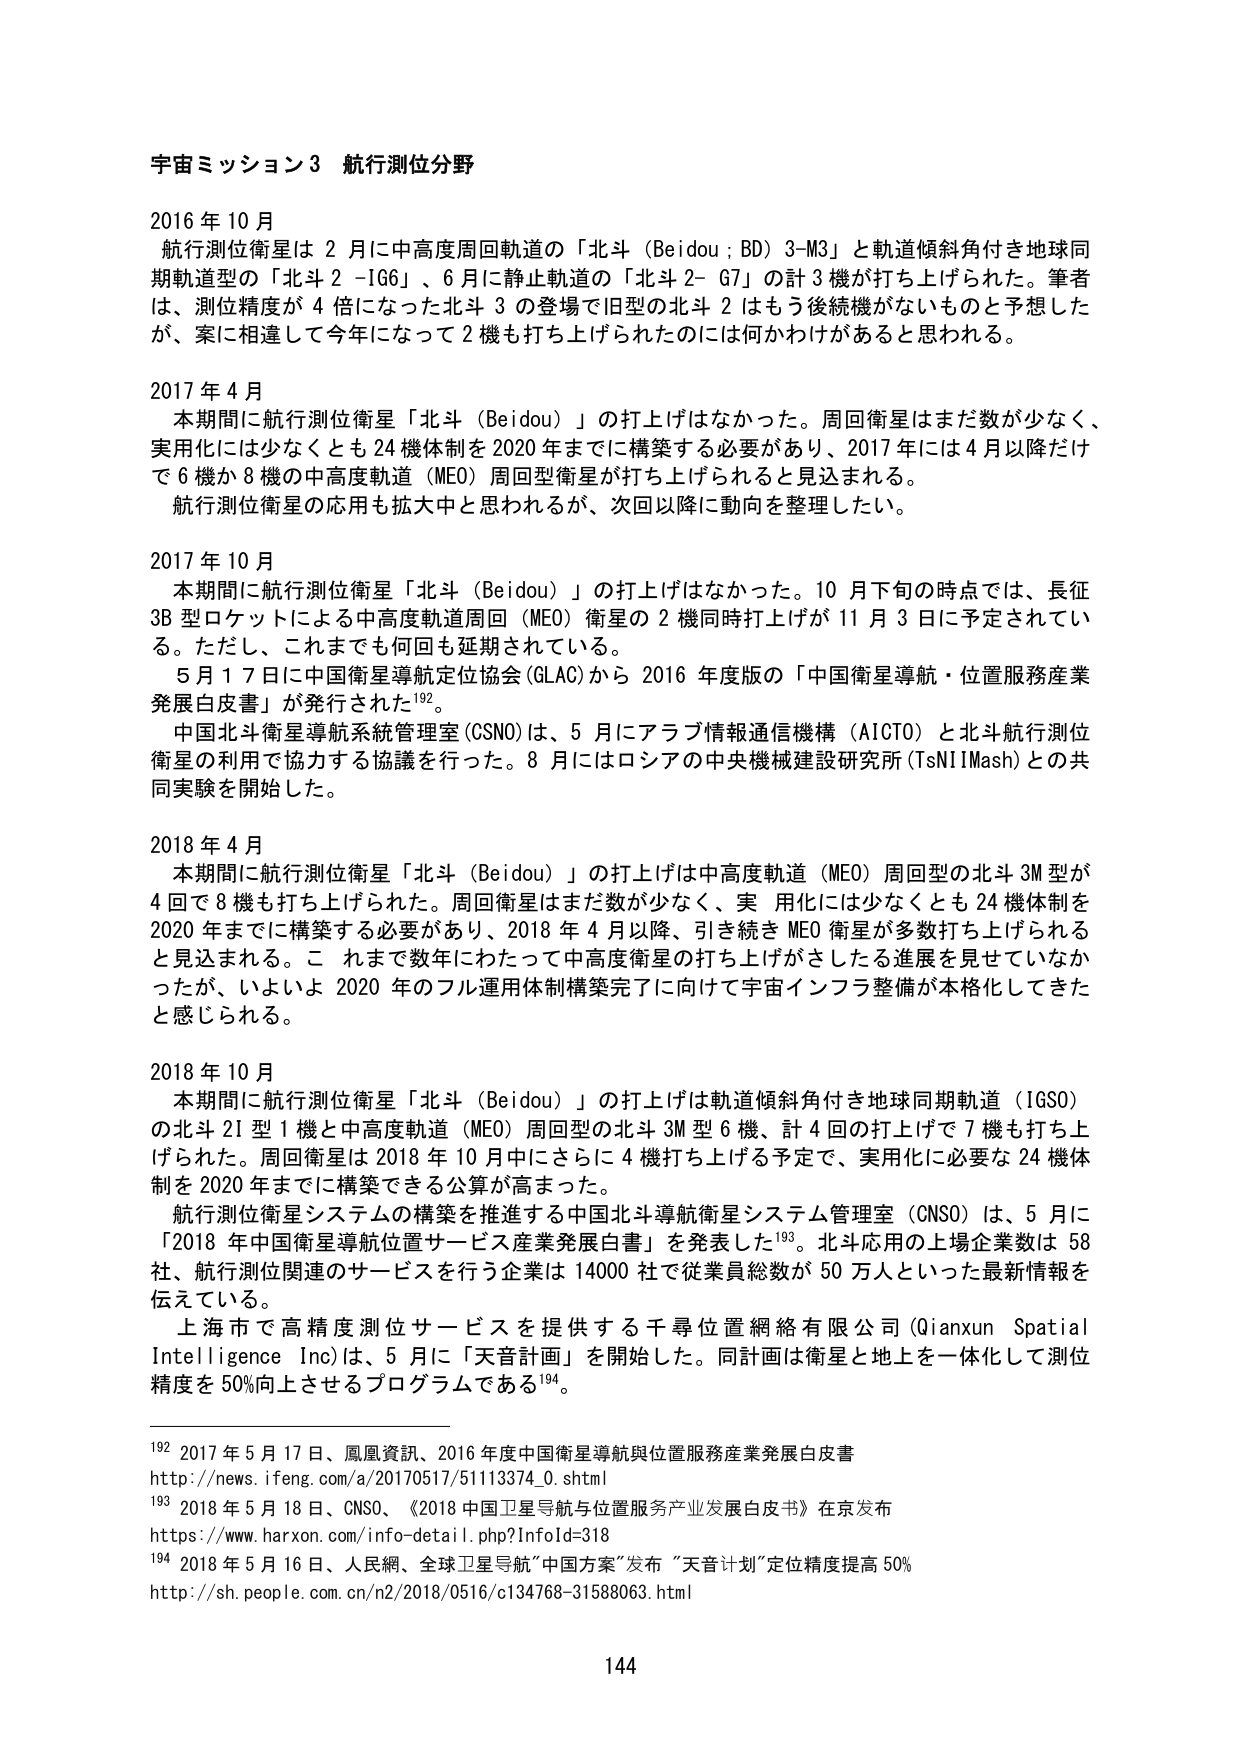
宇宙ミッション3 航行測位分野

2016年10月
航行測位衛星は2月に中高度周回軌道の「北斗（Beidou；BD）3-M3」と軌道傾斜角付き地球同期軌道型の「北斗2-166」、6月に静止軌道の「北斗2-G7」の計3機が打ち上げられた。筆者は、測位精度が4倍になった北斗3の登場で旧型の北斗2はもう後続機がないものと予想したが、案に相違して今年になって2機も打ち上げられたのには何かわけがあると思われる。

2017年4月
本期間に航行測位衛星「北斗（Beidou）」の打ち上げはなかった。周回衛星はまだ数が少なく、実用化には少なくとも24機体制を2020年までに構築する必要があり、2017年には4月以降だけで6機か8機の中高度軌道（MEO）周回型衛星が打ち上げられると見込まれる。
航行測位衛星の応用も拡大中と思われるが、次回以降に動向を整理したい。

2017年10月
本期間に航行測位衛星「北斗（Beidou）」の打ち上げはなかった。10月下旬の時点では、長征3B型ロケットによる中高度軌道周回（MEO）衛星の2機同時打ち上げが11月3日に予定されている。ただし、これまでも何回も延期されている。
5月17日に中国衛星導航定位協会（GLAC）から2016年度版の「中国衛星導航・位置服務産業発展白皮書」が発行された192。
中国北斗衛星導航系統管理室（CSNO）は、5月にアラブ情報通信機構（AICTO）と北斗航行測位衛星の利用で協力する協議を行った。8月にはロシアの中央機械建設研究所（TsNIIMash）との共同実験を開始した。

2018年4月
本期間に航行測位衛星「北斗（Beidou）」の打ち上げは中高度軌道（MEO）周回型の北斗3M型が4回で8機も打ち上げられた。周回衛星はまだ数が少なく、実用化には少なくとも24機体制を2020年までに構築する必要があり、2018年4月以降、引き続きMEO衛星が多数打ち上げられると見込まれる。これまで数年にわたって中高度衛星の打ち上げがさしたる進展を見せていなかったが、いよいよ2020年のフル運用体制構築完了に向けて宇宙インフラ整備が本格化してきたと感じられる。

2018年10月
本期間に航行測位衛星「北斗（Beidou）」の打ち上げは軌道傾斜角付き地球同期軌道（IGSO）の北斗2I型1機と中高度軌道（MEO）周回型の北斗3M型6機、計4回の打ち上げで7機も打ち上げられた。周回衛星は2018年10月中にさらに4機打ち上げる予定で、実用化に必要な24機体制を2020年までに構築できる公算が高まった。
航行測位衛星システムの構築を推進する中国北斗導航衛星システム管理室（CNSO）は、5月に「2018年中国衛星導航位置サービス産業発展白書」を発表した193。北斗応用の上場企業数は58社、航行測位関連のサービスを行う企業は14000社で従業員総数が50万人といった最新情報を伝えている。
上海市で高精度測位サービスを提供する千尋位置網絡有限公司（Qianxun Spatial Intelligence Inc.）は、5月に「天音計画」を開始した。同計画は衛星と地上を一体化して測位精度を50%向上させるプログラムである194。

192 2017年5月17日、鳳凰資訊、2016年度中国衛星導航與位置服務産業発展白皮書
http://news.ifeng.com/a/20170517/51113374_0.shtml
193 2018年5月18日、CNSO、《2018中国卫星导航与位置服务产业发展白皮书》在京发布
https://www.harxon.com/info-detail.php?Infold=318
194 2018年5月16日、人民網、全球卫星导航“中国方案”发布“天音计划”定位精度提高50%
http://sh.people.com.cn/n2/2018/0516/c134768-31588063.html

144